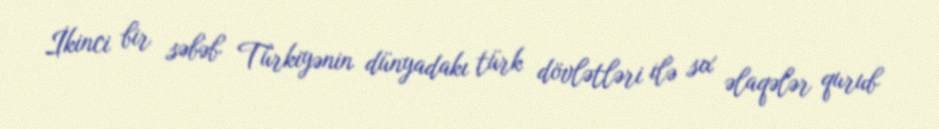
İkinci bir səbəb Türkiyənin dünyadakı türk dövlətləri ilə sıx əlaqələr qurub